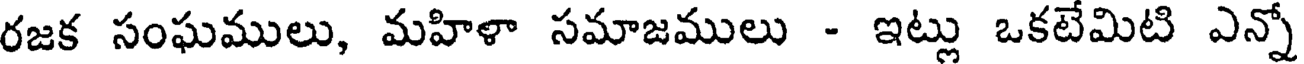
రజక సంఘములు, మహిళా సమాజములు - ఇట్లు ఒకటేమిటి ఎన్నో